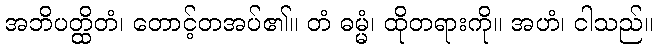
အဘိပတ္ထိတံ၊ တောင့်တအပ်၏။ တံ ဓမ္မံ၊ ထိုတရားကို။ အဟံ၊ ငါသည်။